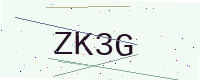
Text: ZK3G